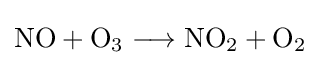
{\mathrm {NO} {}+{}\mathrm {O} {\vphantom {A}}_{\smash[{t}]{3}}{}\mathrel {\longrightarrow } {}\mathrm {NO} {\vphantom {A}}_{\smash[{t}]{2}}{}+{}\mathrm {O} {\vphantom {A}}_{\smash[{t}]{2}}}